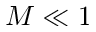
M \ll 1